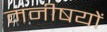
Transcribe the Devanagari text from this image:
मनीषयों